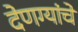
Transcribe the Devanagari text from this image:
देणग्यांचे